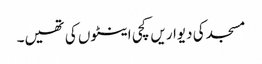
مسجد کی دیواریں کچی اینٹوں کی تھیں۔